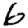
Digit: 6